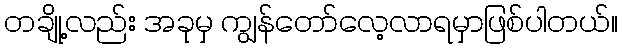
တချို့လည်း အခုမှ ကျွန်တော်လေ့လာရမှာဖြစ်ပါတယ်။